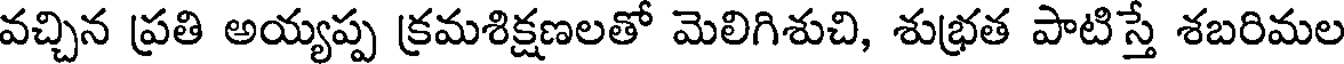
వచ్చిన ప్రతి అయ్యప్ప క్రమశిక్షణలతో మెలిగిశుచి, శుభ్రత పాటిస్తే శబరిమల